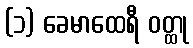
(၁) ခေမာထေရီ ဝတ္ထု